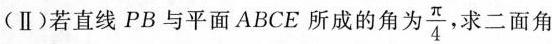
(Ⅱ)若直线PB与平面ABCE所成的角为\frac{π}{4}，求二面角